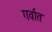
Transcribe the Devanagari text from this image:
गर्वात